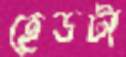
হেডটা